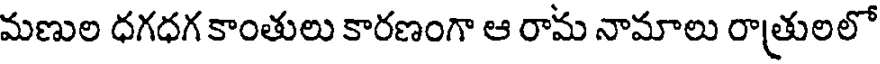
మణుల ధగధగ కాంతులు కారణంగా ఆ రామ నామాలు రాత్రులలో